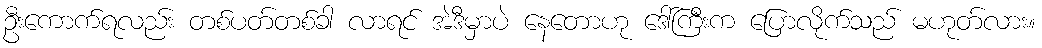
ဦးကောက်ရလည်း တစ်ပတ်တစ်ခါ လာရင် အဲဒီမှာပဲ နေတောဟု ဒေါ်ကြီးက ပြောလိုက်သည် မဟုတ်လား။